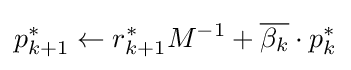
p_{k+1}^{*}\leftarrow r_{k+1}^{*}M^{-1}+{\overline {\beta _{k}}}\cdot p_{k}^{*}